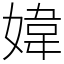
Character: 媁